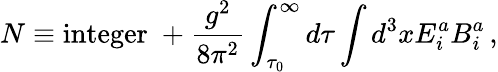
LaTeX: N\equiv\mathrm{integer}\; +\frac{g^{2}}{8\pi^{2}}\int_{\tau_{0}}^{\infty}d\tau\int d^{3}xE_{i}^{a}B_{i}^{a}\, ,